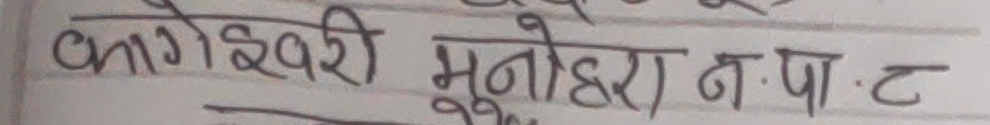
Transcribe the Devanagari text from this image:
कागेश्वरी मनोहरा न.पा.ट